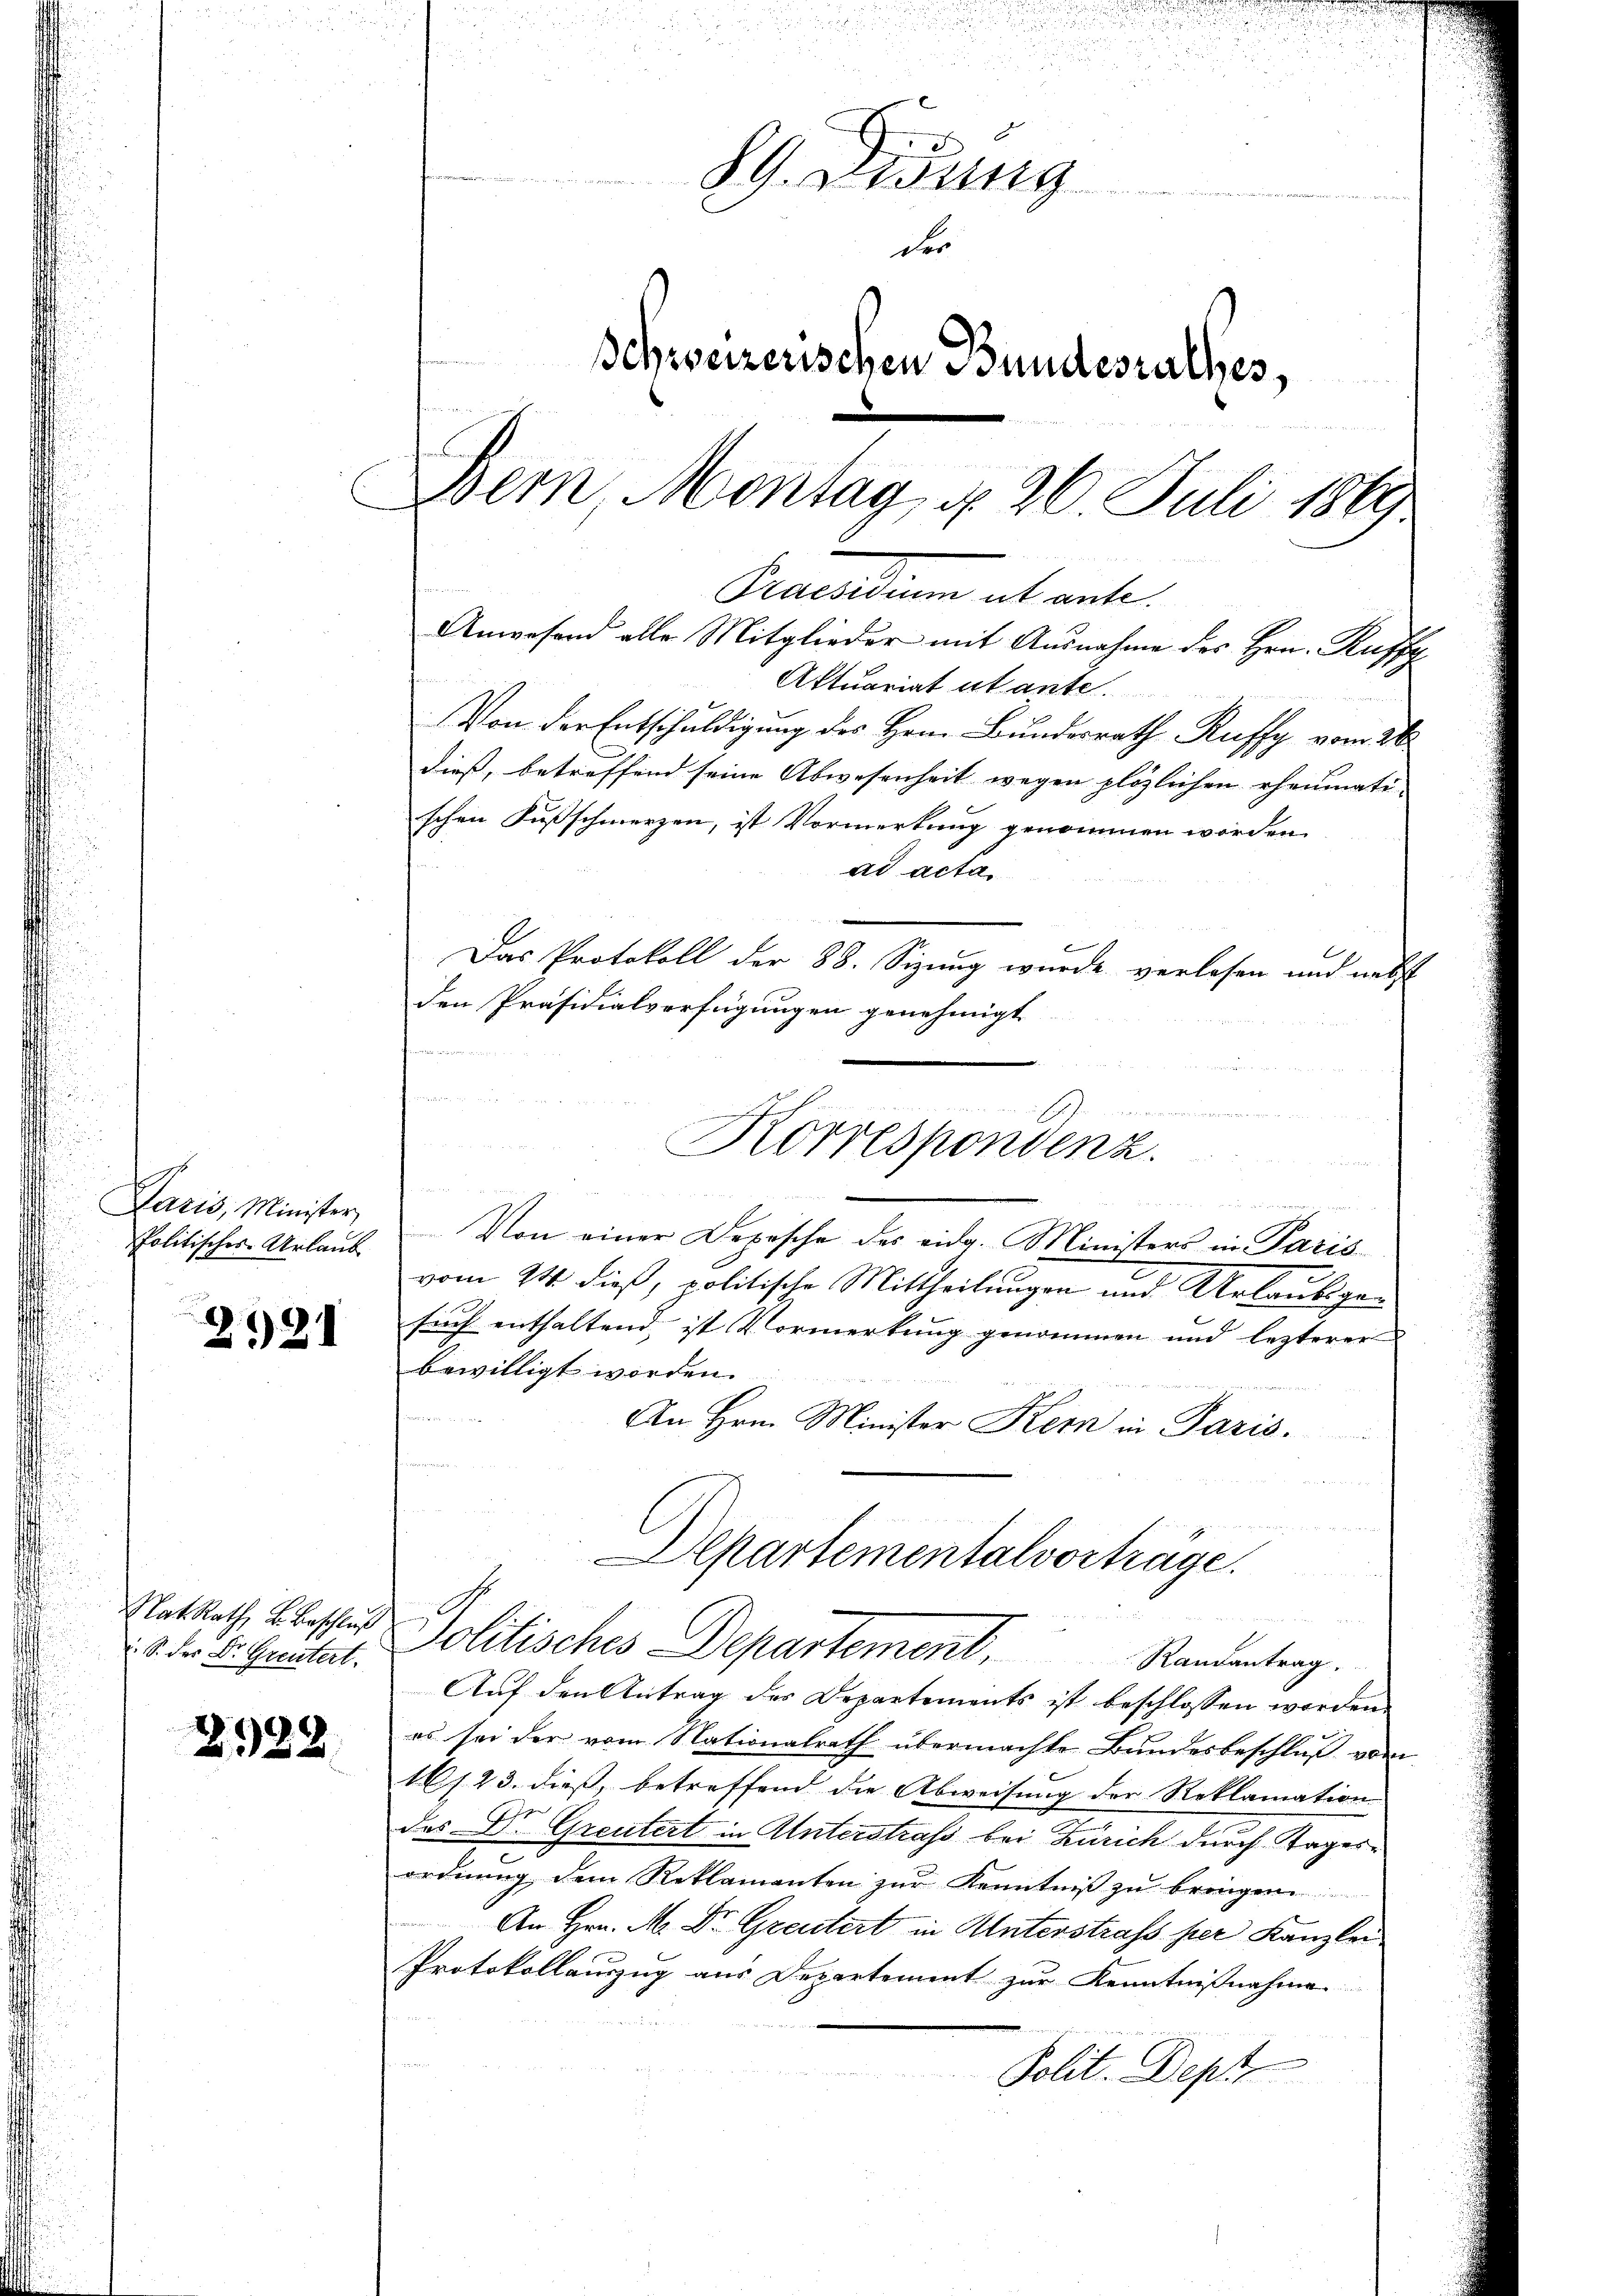
Paris, Minister
politisches Urlaub

2921

24
der.
Dr. Greutert.

2
322.

89. Didung
der
Schweizerischen Bundesrathes,

s
Bern Montag, d. 26. Juli 1869
Precarium ab ante

dieß, betreffend seine Abwesenheit wegen plözlichen rheumati- |
schen Fußschmerzen, ist Vormerkung genommen worden.
den Präsidialverfügungen genehmigt

Von einer Depesche des eidg. Ministers in Paris
vom 24. dieß, politische Mittheilungen und Urlaubsge¬
Euch enthaltend, ist Vormerkung genommen und lezterer
bewilligt worden.
n
An Hrn. Minister Kern in Paris.
Departementalvorträge.
MRath besser Politisches Departement. Randentrag.
Auf den Antrag des Departements ist beschlossen worden.
es sei der vom Nationalrath übermachte Bundesbeschluß von
161. 23. dieß, betreffend die Abweisung der Reklamation
des Dr. Greutert in Unterstrass bei Zürich durch Kager-
ordnung dem Reklamenten zur Kenntniß zu bringen
An Hrn. M. Dr. Greutert in Unterstrafs per Kanzlei
Protokollauszug aus Departement zur Kenntnißnahme
Polit. Depr

Anwesend alle Mitglieder mit Ausnahme des Hrn. Kuffe
Aktuariat abante.

Von der Entschuldigung des Herr Bundesrath Ruffy vom 26.
ad acta.
Das Protokoll der 88. Sizung wurde verlesen und nebst

Korrespondenz.
u